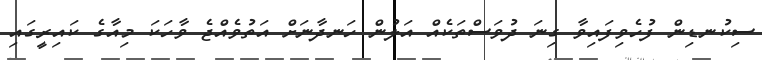
ސިކުނޑިން ފުހެވިފައިވާ ގިނަ ދުވަސްތަކެއް އަލުން ހަނދާނަށް އަތުވެއްޖެ ވާހަކަ މިއާގެ ކައިރީގައި